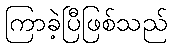
ကြာခဲ့ပြီဖြစ်သည်